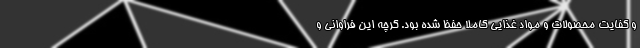
و کفایت محصولات و مواد غذایی کاملا حفظ شده بود. گرچه این فراوانی و